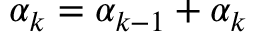
\alpha _ { k } = \alpha _ { k - 1 } + \alpha _ { k }